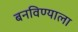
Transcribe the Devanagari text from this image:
बनविण्याला